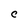
Character: C